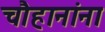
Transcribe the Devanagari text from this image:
चौहानांना